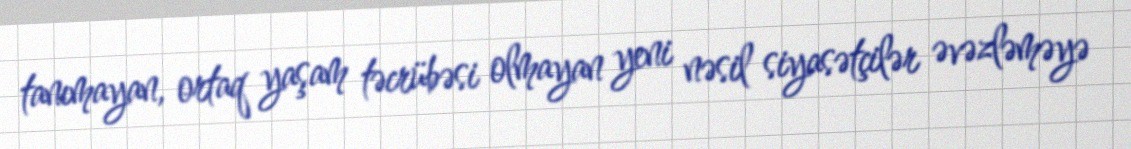
tanımayan, ortaq yaşam təcrübəsi olmayan yeni nəsil siyasətçilər əvəzləməyə